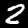
Digit: 2